Note on the mental hospitals in Burma - 1925-1940
Year: 1925
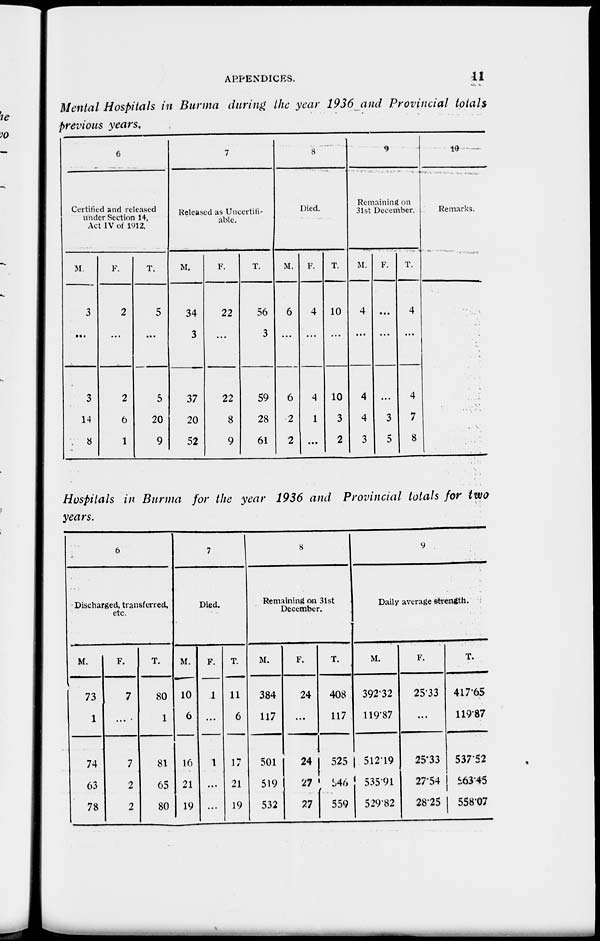
APPENDICES.
11
Mental Hospitals in Burma during the year 1936 and Provincial totals
previous years.
6
Certified and released
under Section 14,
Act IV of 1912.
M.
3
...
3
14
8
F.
2
...
2
6
1
T.
5
...
5
20
9
7
Released as Uncertifi¬
able.
M.
34
3
37
20
52
F.
22
...
22
8
9
T.
56
3
59
28
61
8
Died.
M.
6
...
6
2
2
F.
4
...
4
1
...
T.
10
...
10
3
2
9
Remaining on
31st December.
M.
4
...
4
4
3
F.
...
...
...
3
5
T.
4
...
4
7
8
10
Remarks.
Hospitals in Burma for the year 1936 and Provincial totals for two
years.
6
Discharged, transferred,
etc.
M.
73
1
74
63
78
F.
7
...
7
2
2
T.
80
1
81
65
80
7
Died.
M.
10
6
16
21
19
F.
1
...
1
...
...
T.
11
6
17
21
19
8
Remaining on 31st
December.
M.
384
117
501
519
532
F.
24
...
24
27
27
T.
408
117
525
546
559
9
Daily average strength.
M.
392.32
119.87
512.19
535.91
529.82
F.
25.33
...
25.33
27.54
28.25
T.
417.65
119.87
537.52
563.45
558.07